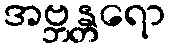
အဗ္ဘန္တရော